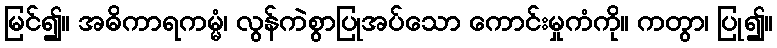
မြင်၍။ အဓိကာရကမ္မံ၊ လွန်ကဲစွာပြုအပ်သော ကောင်းမှုကံကို။ ကတွာ၊ ပြု၍။